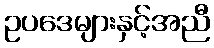
ဥပဒေများနှင့်အညီ